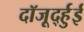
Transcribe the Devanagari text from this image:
दॉजूर्द्हुई